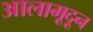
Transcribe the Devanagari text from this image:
आलामूदून